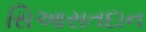
સિઆસતદાન